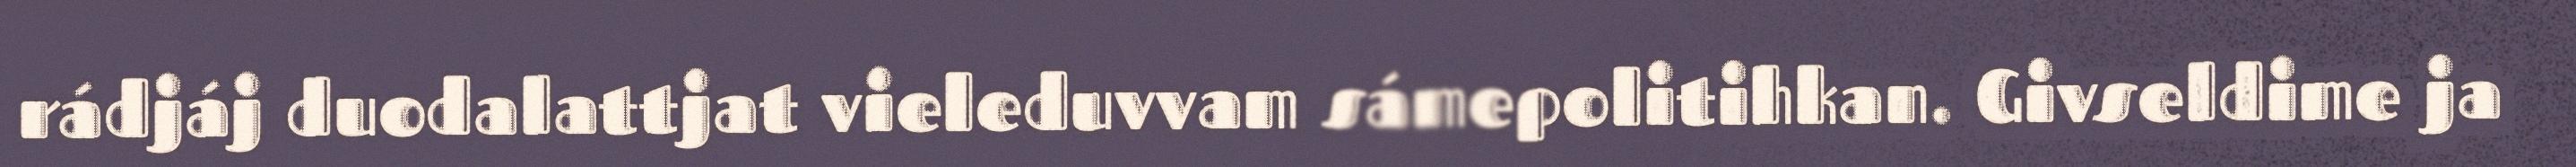
rádjáj duodalattjat vieleduvvam sámepolitihkan. Givseldime ja